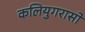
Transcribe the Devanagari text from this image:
कलियुगरासो